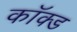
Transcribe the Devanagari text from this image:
कॉक्ड